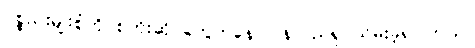
ပစ္စည်းမျိုးစုံကို စတိုးဆိုင်တွေကနေ ပြန်လည်ရုပ်သိမ်းခဲ့ရပါတယ်။